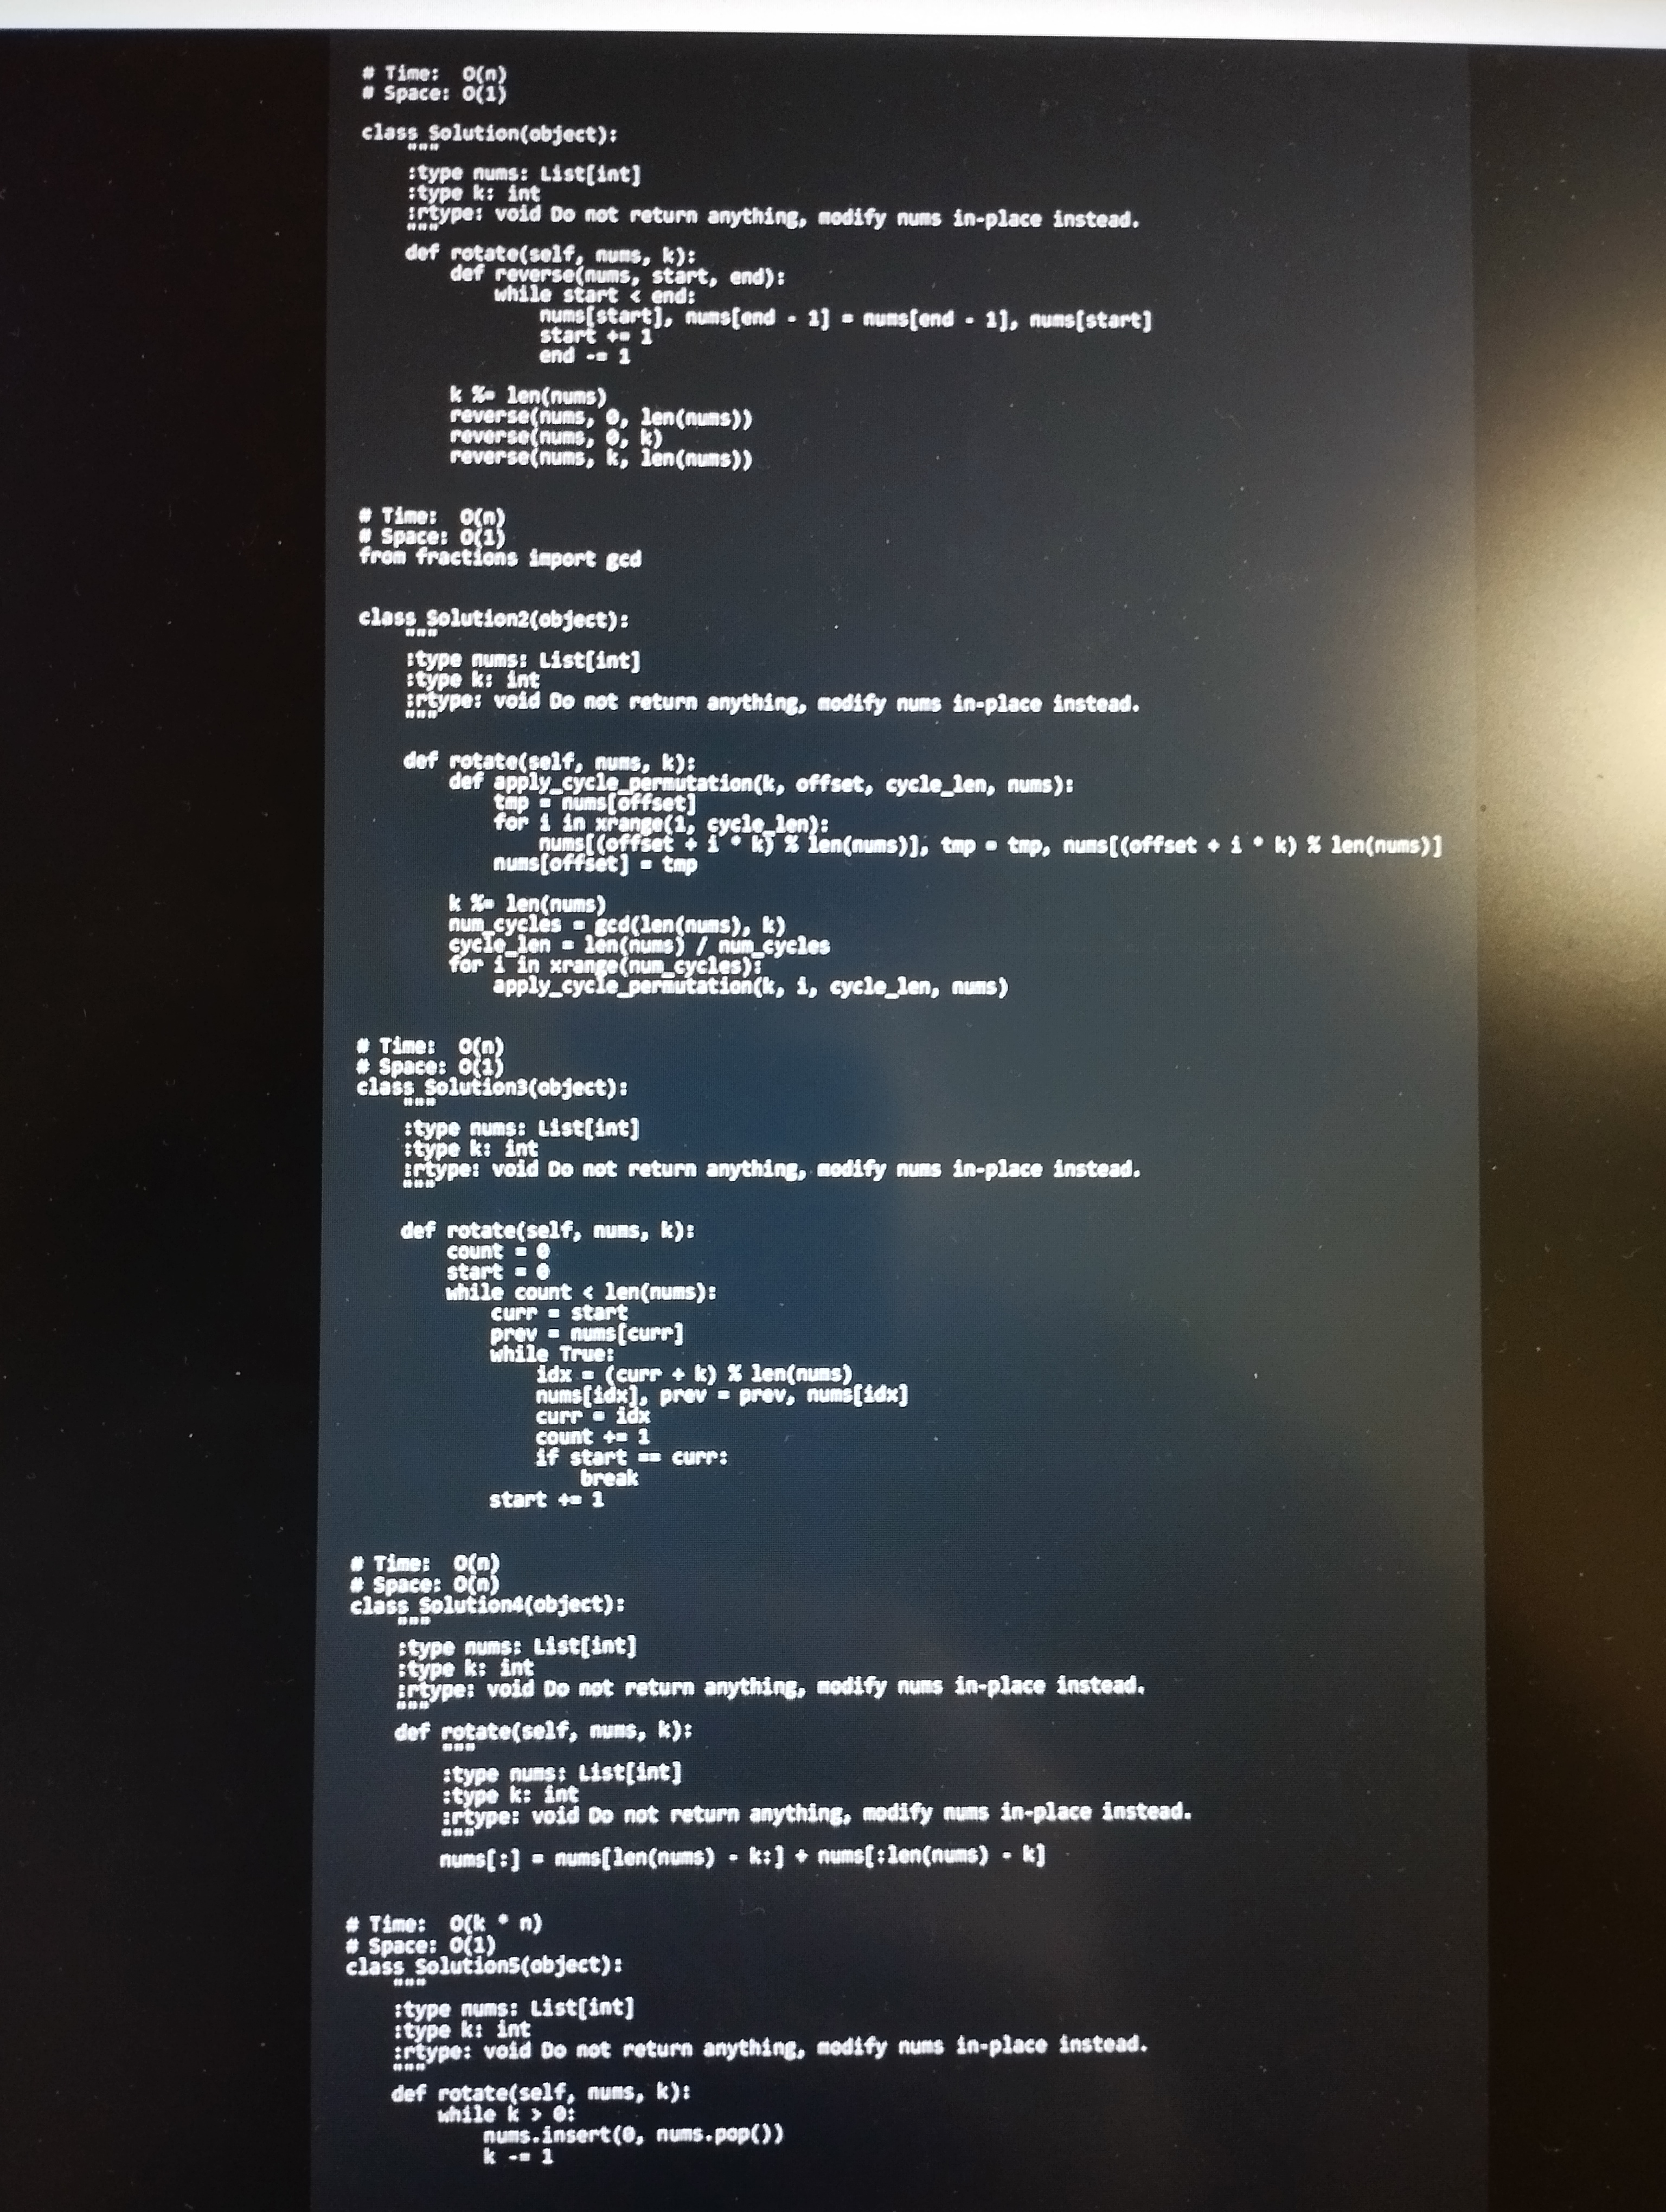
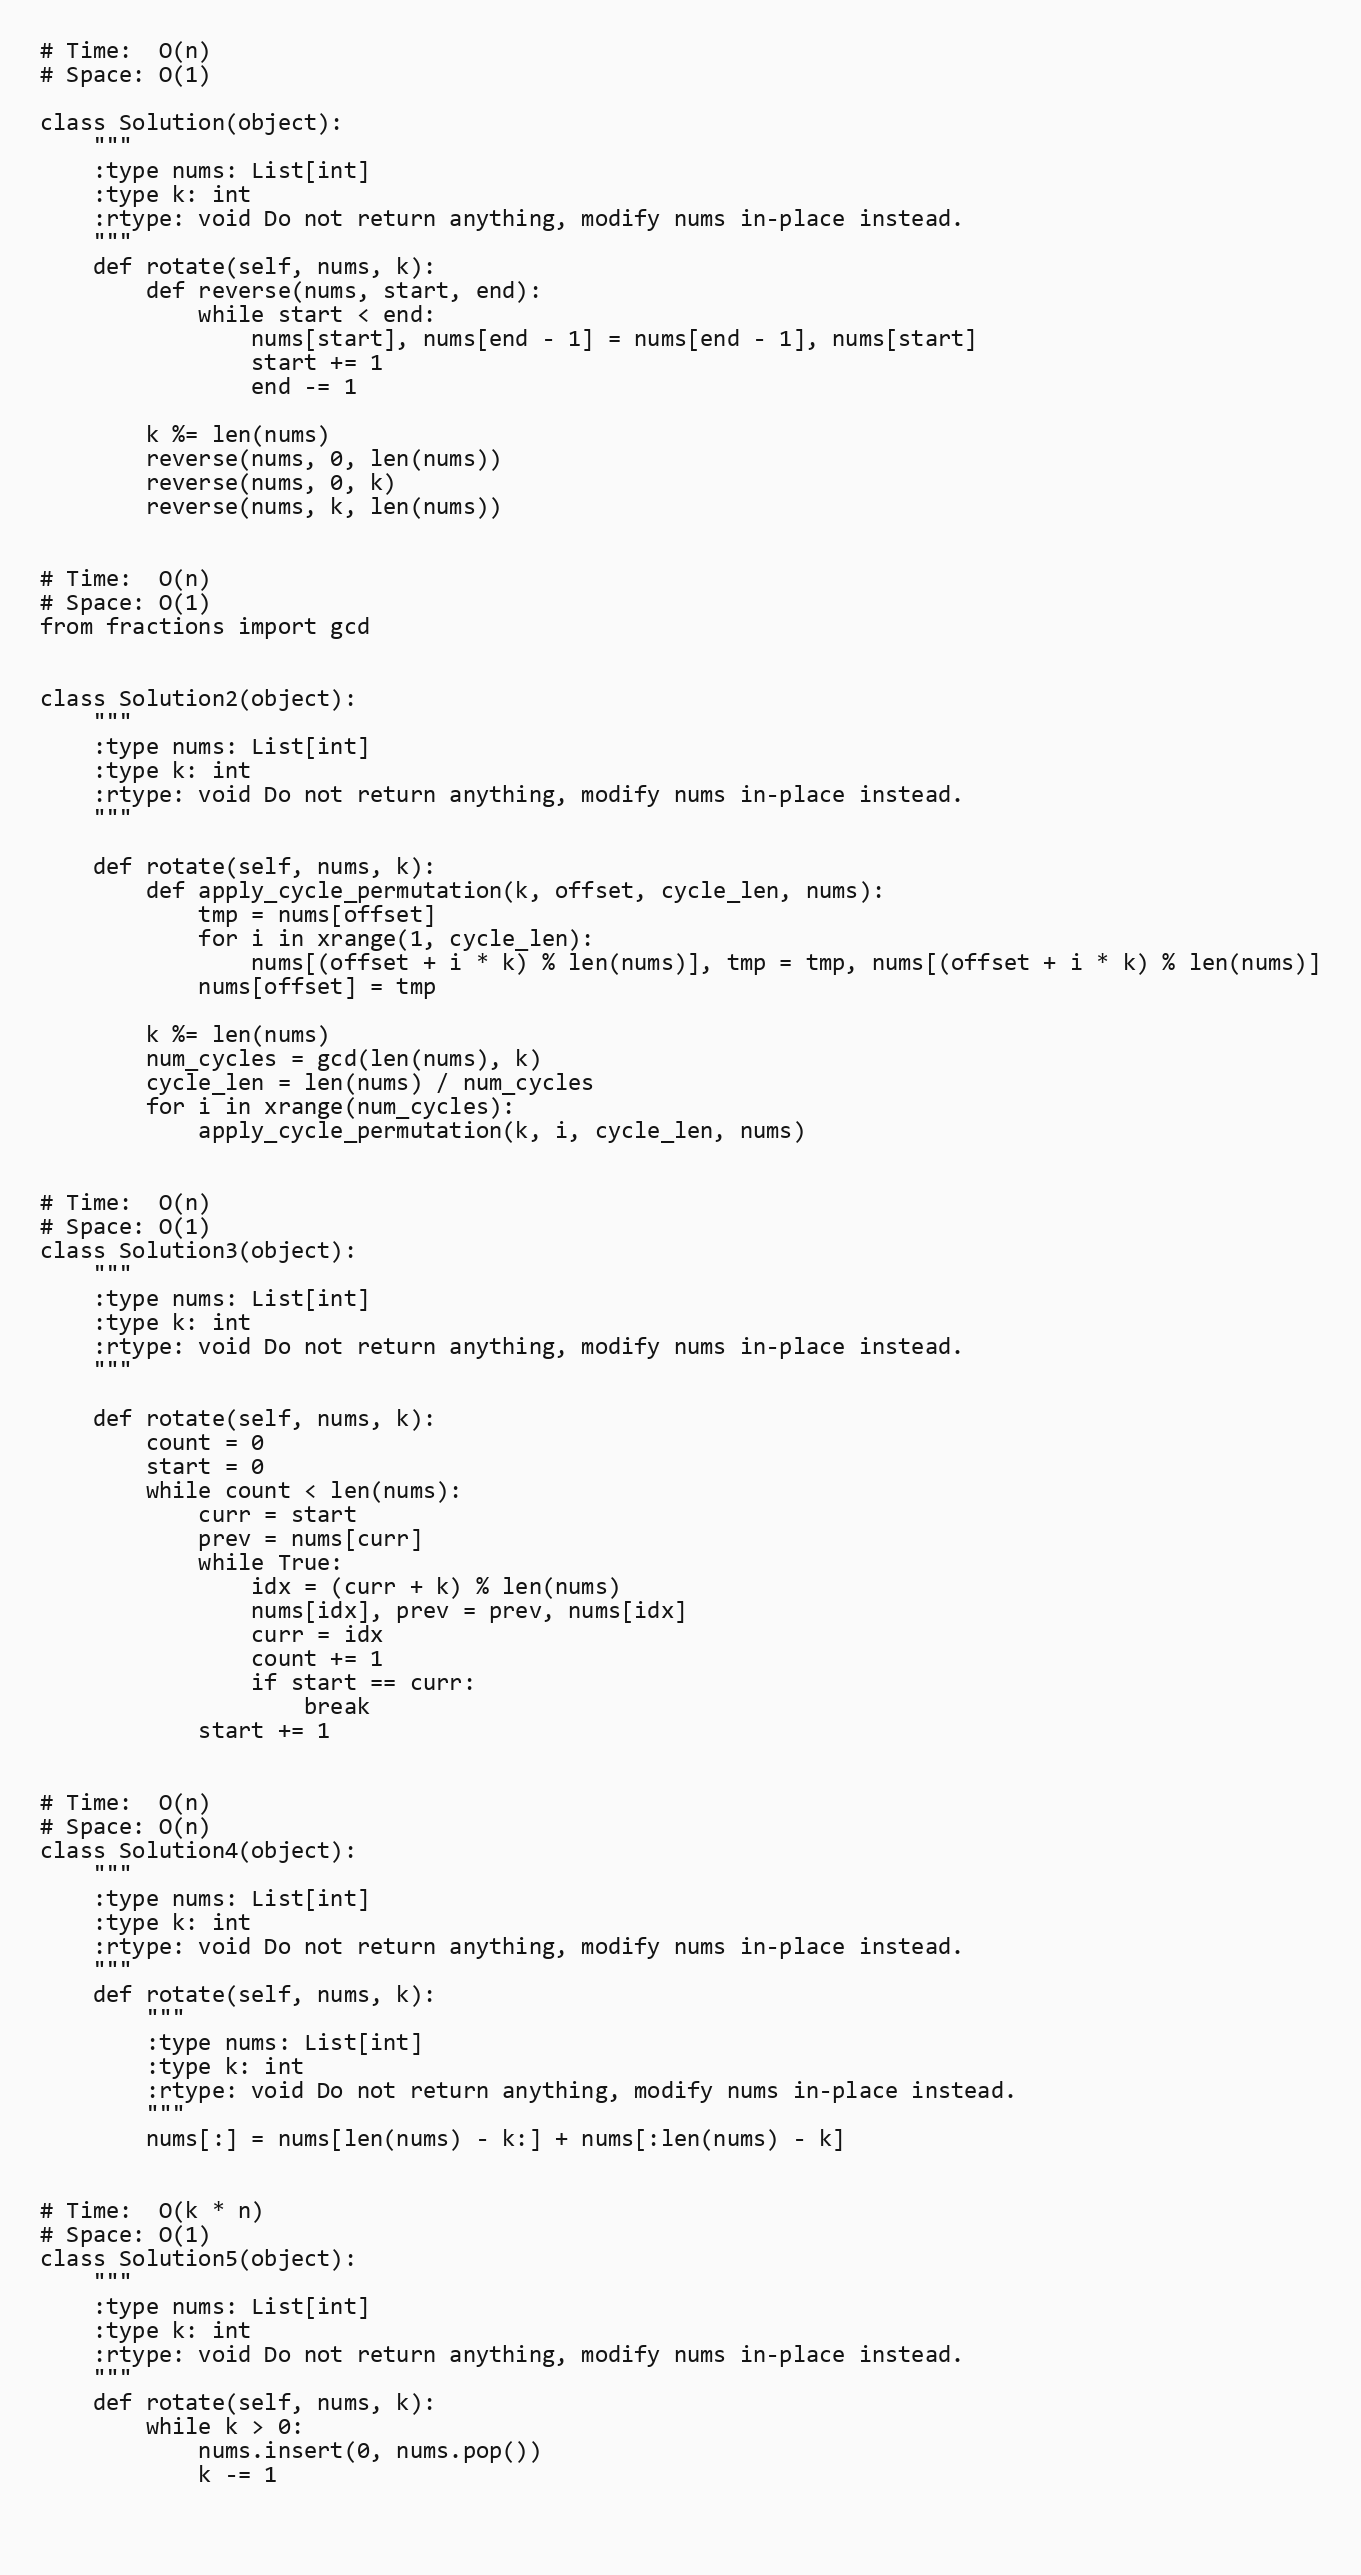
# Time:  O(n)
# Space: O(1)

class Solution(object):
    """
    :type nums: List[int]
    :type k: int
    :rtype: void Do not return anything, modify nums in-place instead.
    """
    def rotate(self, nums, k):
        def reverse(nums, start, end):
            while start < end:
                nums[start], nums[end - 1] = nums[end - 1], nums[start]
                start += 1
                end -= 1

        k %= len(nums)
        reverse(nums, 0, len(nums))
        reverse(nums, 0, k)
        reverse(nums, k, len(nums))

# Time:  O(n)
# Space: O(1)
from fractions import gcd

class Solution2(object):
    """
    :type nums: List[int]
    :type k: int
    :rtype: void Do not return anything, modify nums in-place instead.
    """

    def rotate(self, nums, k):
        def apply_cycle_permutation(k, offset, cycle_len, nums):
            tmp = nums[offset]
            for i in xrange(1, cycle_len):
                nums[(offset + i * k) % len(nums)], tmp = tmp, nums[(offset + i * k) % len(nums)]
            nums[offset] = tmp

        k %= len(nums)
        num_cycles = gcd(len(nums), k)
        cycle_len = len(nums) / num_cycles
        for i in xrange(num_cycles):
            apply_cycle_permutation(k, i, cycle_len, nums)

# Time:  O(n)
# Space: O(1)
class Solution3(object):
    """
    :type nums: List[int]
    :type k: int
    :rtype: void Do not return anything, modify nums in-place instead.
    """

    def rotate(self, nums, k):
        count = 0
        start = 0
        while count < len(nums):
            curr = start
            prev = nums[curr]
            while True:
                idx = (curr + k) % len(nums)
                nums[idx], prev = prev, nums[idx]
                curr = idx
                count += 1
                if start == curr:
                    break
            start += 1

# Time:  O(n)
# Space: O(n)
class Solution4(object):
    """
    :type nums: List[int]
    :type k: int
    :rtype: void Do not return anything, modify nums in-place instead.
    """
    def rotate(self, nums, k):
        """
        :type nums: List[int]
        :type k: int
        :rtype: void Do not return anything, modify nums in-place instead.
        """
        nums[:] = nums[len(nums) - k:] + nums[:len(nums) - k]

# Time:  O(k * n)
# Space: O(1)
class Solution5(object):
    """
    :type nums: List[int]
    :type k: int
    :rtype: void Do not return anything, modify nums in-place instead.
    """
    def rotate(self, nums, k):
        while k > 0:
            nums.insert(0, nums.pop())
            k -= 1